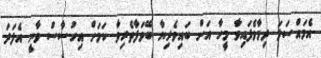
އެމައްސަލަ ދިމާވެފައިވާ މީހާ އަށް ބައިވެރިޔާ ބޭވަފާތެރިވާ ކަމަށް އިހުސާސް ވާނީ އެފަދަ